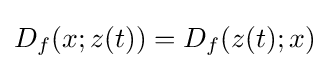
D_{f}(x;z(t))=D_{f}(z(t);x)